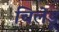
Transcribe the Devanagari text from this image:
चिलेडू